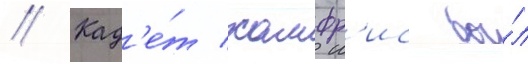
// Кад'е́т хамфр'ис бы́л